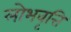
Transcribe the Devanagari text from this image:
लोभवृत्ति